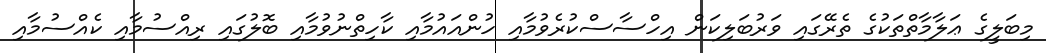
މިބަލީގެ ޢަލާމާތްތަކުގެ ތެރޭގައި ވަރުބަލިކަން އިހްސާސްކުރެވުމާއި ހުންއައުމާއި ކާހިތްނުވުމާއި ބޮލުގައި ރިއްސުމާއި ކެއްސުމާއި